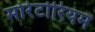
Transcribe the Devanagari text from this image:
मोरेटोरियम